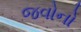
જવોનો